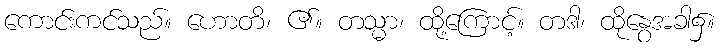
ကောင်းကင်သည်။ ဟောတိ၊ ၏။ တသ္မာ၊ ထို့ကြောင့်။ တဒါ၊ ထိုနွေအခါ၌။